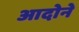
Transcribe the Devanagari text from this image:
आदोने